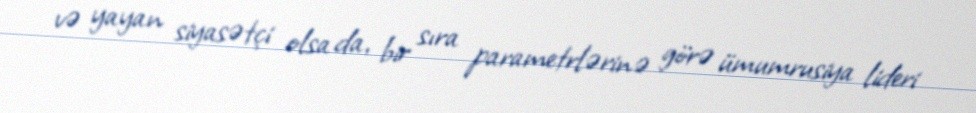
və yayan siyasətçi olsa da, bir sıra parametrlərinə görə ümumrusiya lideri